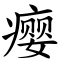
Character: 瘿